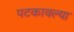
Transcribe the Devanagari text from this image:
पटकावल्या